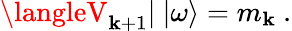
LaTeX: \langleV_{\mathbf{k}+1}|\ |\omega\rangle=m_{\mathbf{k}}\ .